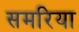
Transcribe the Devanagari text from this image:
समरिया